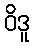
ဝိဒူ